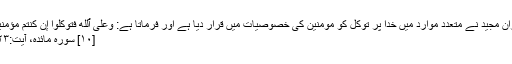
قرآن مجید نے متعدد موارد میں خدا پر توکل کو مومنین کی خصوصیات میں قرار دیا ہے اور فرماتا ہے: وَعَلَى ٱللَّهِ فَتَوَكَّلُوٓاْ إِن كُنتُم مُّؤۡمِنِينَ
[۱۰] سورہ مائدہ، آیت:۲۳ ۔